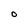
Character: o